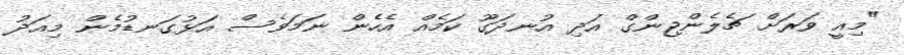
"މިއީ ވަރަށް ޗެލެންޖިންގް އަދި އުނދަގޫ ކަމެއް އެހެން ނަމަވެސް އަޅުގަނޑުމެން މިއަދު